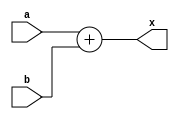
`timescale 1ns / 1ps
//////////////////////////////////////////////////////////////////////////////////
// Company: 
// Engineer: 
// 
// Design Name: 
// Module Name: adder
// Project Name: 
// Target Devices: 
// Tool Versions: 
// Description: 
// 
// Dependencies: 
// 
// Revision:
// Revision 0.01 - File Created
// Additional Comments:
// 
//////////////////////////////////////////////////////////////////////////////////


module adder(
    input wire[31:0] a,b,
    output wire[31:0] x 
    );
    assign x = a + b;
endmodule